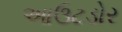
આઉટડોર